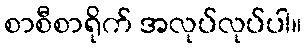
စာစီစာရိုက် အလုပ်လုပ်ပါ။